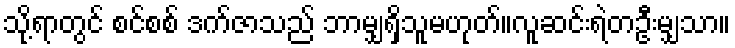
သို့ရာတွင် စင်စစ် ဒက်ဇာသည် ဘာမျှရှိသူမဟုတ်။လူဆင်းရဲတဦးမျှသာ။